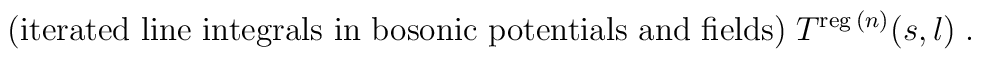
{\mbox{(iterated line integrals in bosonic potentials and fields)}} \; T^{\mbox{\scriptsize{reg}}\:(n)}(s,l) \;.